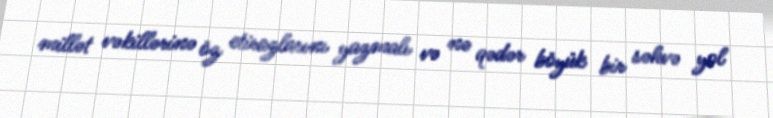
millət vəkillərinə öz etirazlarını yazmalı və nə qədər böyük bir səhvə yol